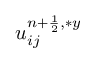
u _ { i j } ^ { { n + \frac { 1 } { 2 } } , \ast y }